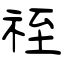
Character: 祬